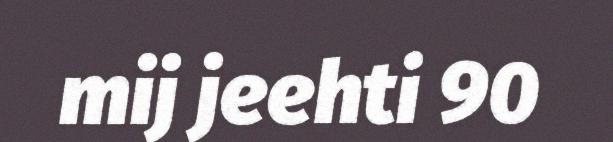
mij jeehti 90